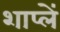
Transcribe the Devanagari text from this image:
शाप्लें